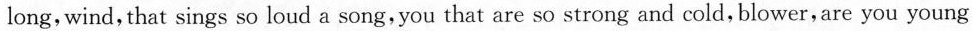
long,wind, that sings so loud a song, you that are so strong and cold, blower, are you young